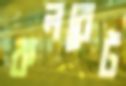
কলরেট